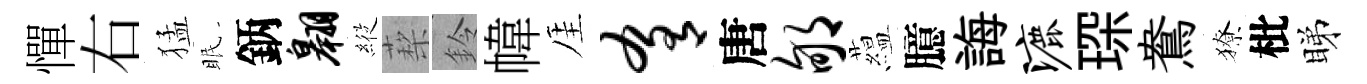
憚右猛眠鈵翱𦂵蔾鈴幃厓肴唐郇藴臆誨漉琛鴦獠枇睇